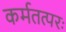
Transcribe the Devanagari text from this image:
कर्मतत्परः